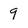
Character: 9